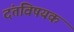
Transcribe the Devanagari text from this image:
दंतविषयक